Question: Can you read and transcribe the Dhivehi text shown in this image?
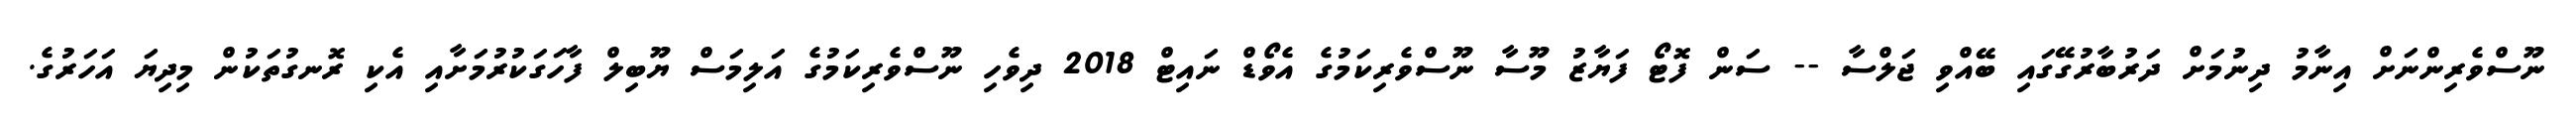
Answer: ނޫސްވެރިންނަށް އިނާމު ދިނުމަށް ދަރުބާރުގޭގައި ބޭއްވި ޖަލްސާ -- ސަން ފޮޓޯ ފަޔާޒު މޫސާ ނޫސްވެރިކަމުގެ އެވޯޑް ނައިޓް 2018 ދިވެހި ނޫސްވެރިކަމުގެ އަލިމަސް ޔޫބިލް ފާހަގަކުރުމަށާއި އެކި ރޮނގުތަކުން މިދިޔަ އަހަރުގެ.